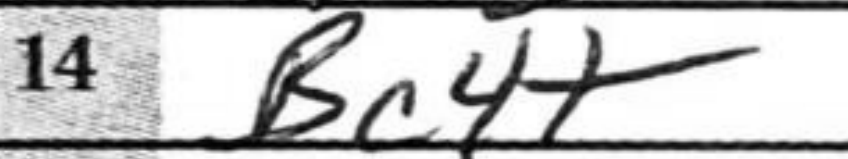
Transcription: Bc4+